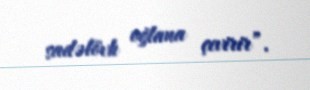
sadəlövh oğlana çevirir”.